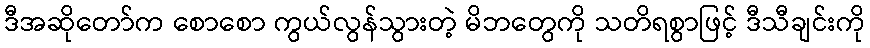
ဒီအဆိုတော်က စောစော ကွယ်လွန်သွားတဲ့ မိဘတွေကို သတိရစွာဖြင့် ဒီသီချင်းကို